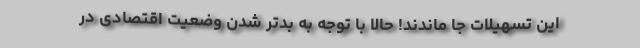
این تسهیلات جا ماندند! حالا با توجه به بدتر شدن وضعیت اقتصادی در